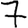
Digit: 7